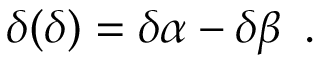
\delta ( \delta ) = \delta \alpha - \delta \beta \enskip .